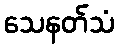
သေနတ်သံ